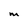
Character: M